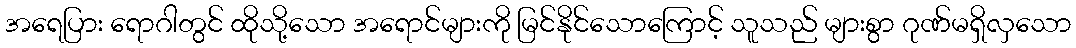
အရေပြား ရောဂါတွင် ထိုသို့သော အရောင်များကို မြင်နိုင်သောကြောင့် သူသည် များစွာ ဂုဏ်မရှိလှသော